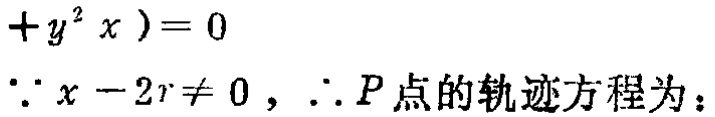
\(+y^{2}x)=0\)
\(\because x - 2r\neq 0,\therefore P点的轨迹方程为：\)